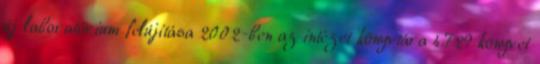
új laboratórium felújítása 2002-ben az intézet könyvtára 4.729 könyvet